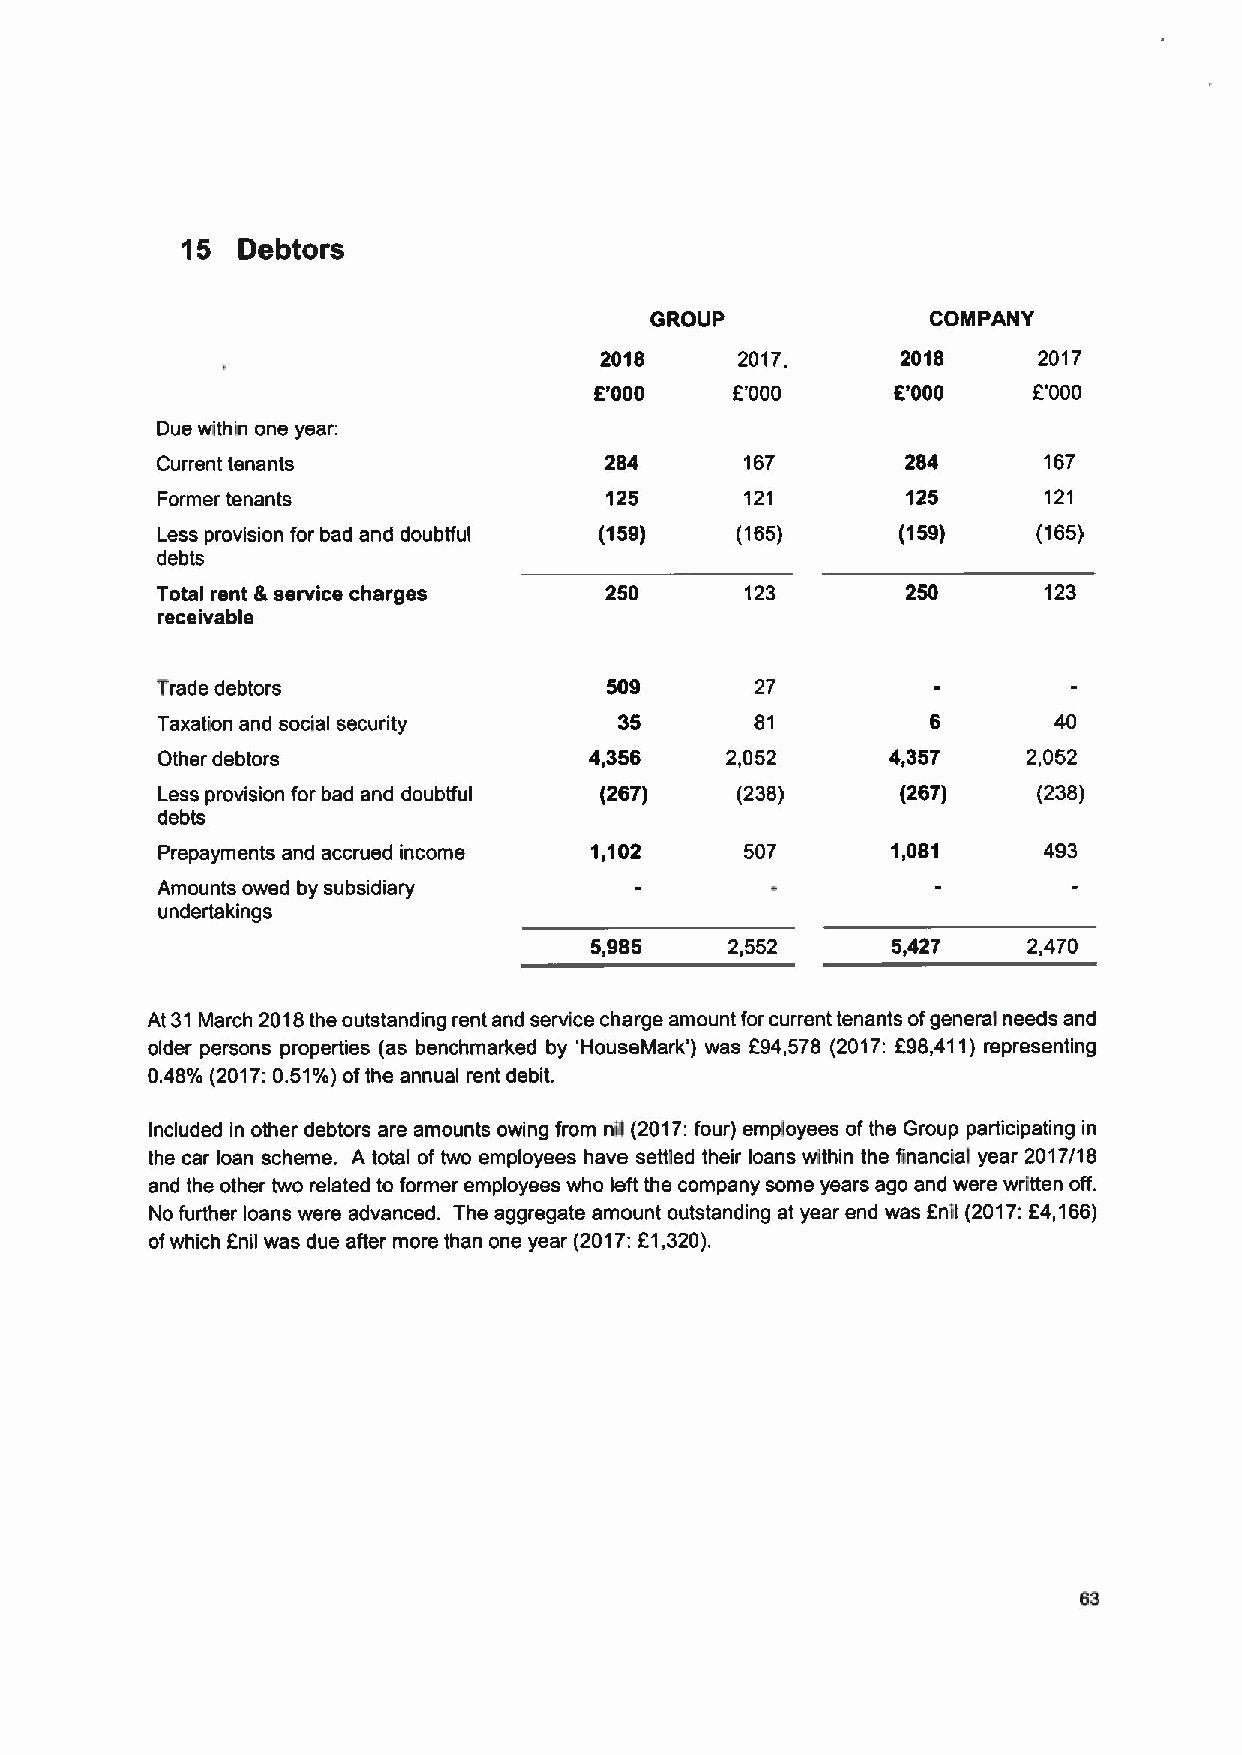
15  Debtors
 GROUP              COMPANY
 2018     2017,      2018     2017
 8'000     f '000    8'000    r'000
 Due within one year:
 Current tenants               284      167        284      167
 Former tenants                125      121        125      121
 Less provision for bad and doubfful (159) (165)   (159)    (165)
 debts
 Total rent &service charges   250      123        250      123
 receivable
 Trade debtors                 509       27
 Taxation and social security   35       81          6       40
 Other debtors                4,356    2,052      4,357    2,052
 Less provision for bad and doubtful (267) (238)   (267)    (238)
 debts
 Prepayments and accrued income 1,102   507       1,081     493
 Amounts owed by subsidiary
 undertakings
 5,985    2,552      5,427    2,470
 At 31March 2018the outstanding rent and service charge amount for current tenants ofgeneral needs and
 older persons properties (as benchmarked by 'HouseMark') was F94,578 (2017:898,411)representing
 0.48% (2017:0.51%)ofthe annual rent debit.
 Included in other debtors are amounts owing from nil (2017:four) employees ofthe Group participating in
 the car loan scheme. A total of two employees have settled their loans within the financial year 2017/18
 and the other two related to former employees who left the company some years ago and were written off.
 No further loans were advanced. The aggregate amount outstanding at year end was foil (2017:E4,166)
 ofwhich anil was due after more than one year (2017:61,320).
 63